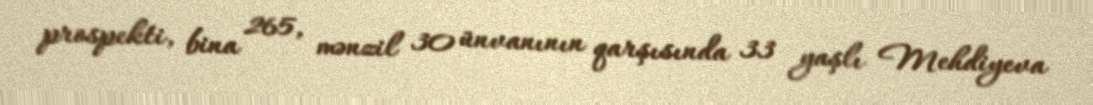
prospekti, bina 265, mənzil 30 ünvanının qarşısında 33 yaşlı Mehdiyeva